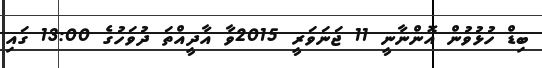
ބިޑް ހުޅުވުން އޮންނާނީ 11 ޖަނަވަރީ 2015ވާ އާދީއްތަ ދުވަހުގެ 13:00 ގައި